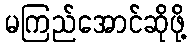
မကြည်အောင်ဆိုဖို့